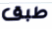
طبق